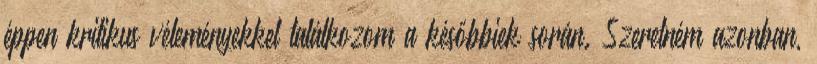
éppen kritikus véleményekkel találkozom a későbbiek során. Szeretném azonban,